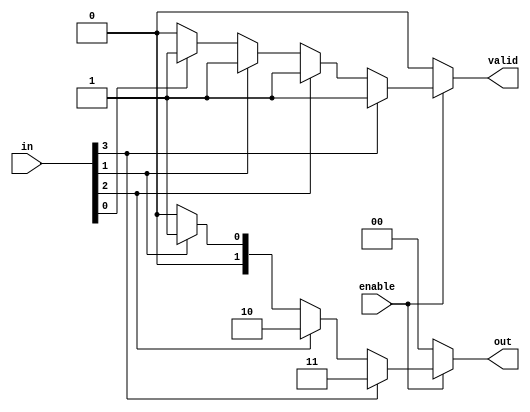
module multilevel_encoder (
    input wire [3:0] in,        // 4 input lines
    input wire enable,           // Enable signal
    output reg [1:0] out,       // 2 output lines
    output reg valid             // Valid output signal
);

    always @(*) begin
        if (!enable) begin
            // If enable is low, set outputs to a defined state
            out = 2'b00;
            valid = 1'b0;
        end else begin
            // Default outputs
            out = 2'b00;
            valid = 1'b0;

            // Priority encoding logic
            case (1'b1) // Check for the highest priority input
                in[3]: begin
                    out = 2'b11; // Output for input 3
                    valid = 1'b1;
                end
                in[2]: begin
                    out = 2'b10; // Output for input 2
                    valid = 1'b1;
                end
                in[1]: begin
                    out = 2'b01; // Output for input 1
                    valid = 1'b1;
                end
                in[0]: begin
                    out = 2'b00; // Output for input 0
                    valid = 1'b1;
                end
                default: begin
                    out = 2'b00; // Default output
                    valid = 1'b0; // No valid input
                end
            endcase
        end
    end

endmodule